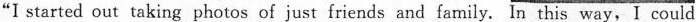
"I started out taking photos of just friends and family.In this way,I could